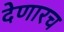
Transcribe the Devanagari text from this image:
देणारच